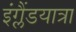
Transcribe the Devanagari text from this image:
इंग्लैंडयात्रा